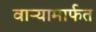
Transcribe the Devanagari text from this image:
वाऱ्यामार्फत